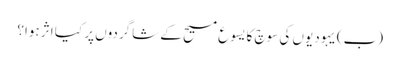
‏ (‏ب)‏ یہودیوں کی سوچ کا یسوع مسیح کے شاگردوں پر کیا اثر ہوا؟